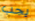
يجب